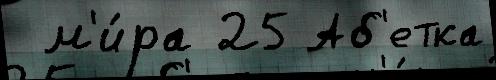
 м'и́ра 25 Аб'етка